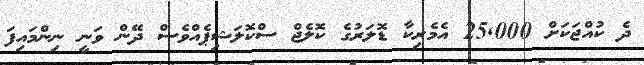
ދެ ކުއްޖަކަށް 25